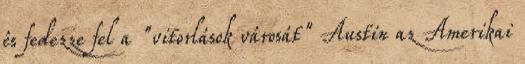
és fedezze fel a "vitorlások városát" Austin az Amerikai